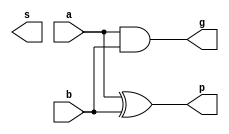
`timescale 1ns / 1ps



module pg_gen(
    input   a,
    input   b,
    
    output  p,
    output  g,
    output  s
    );
    
    assign p = a ^ b;
    assign g = a & b;
endmodule